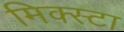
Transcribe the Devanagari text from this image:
मिक्स्टा